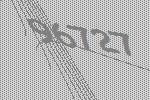
96727